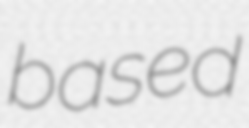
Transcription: based